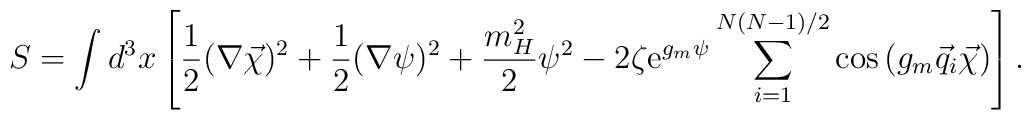
S=\int d^3x\left[\frac12(\nabla\vec\chi)^2+\frac12(\nabla\psi)^2+\frac{m_H^2}{2}\psi^2-2\zeta{\rm e}^{g_m\psi}\sum\limits_{i=1}^{N(N-1)/2}\cos\left(g_m\vec q_i\vec\chi\right)\right].